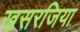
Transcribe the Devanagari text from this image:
खसरजिया